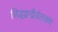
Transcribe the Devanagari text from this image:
सिद्धद्वन्द्वैर्जलकण